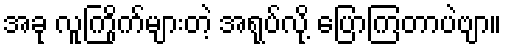
အခု လူကြိုက်များတဲ့ အရုပ်လို့ ပြောကြတာပဲဗျာ။